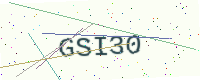
Text: GSI30